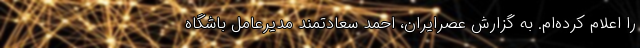
را اعلام کرده‌ام. به گزارش عصرایران، احمد سعادتمند مدیرعامل باشگاه